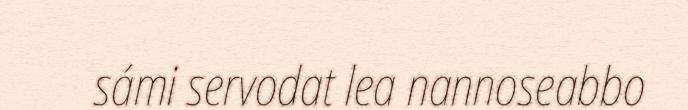
sámi servodat lea nannoseabbo